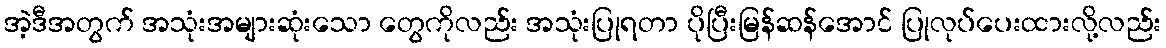
အဲ့ဒီအတွက် အသုံးအများဆုံးသော တွေကိုလည်း အသုံးပြုရတာ ပိုပြီးမြန်ဆန်အောင် ပြုလုပ်ပေးထားလို့လည်း